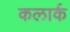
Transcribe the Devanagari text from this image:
कलार्क